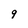
Character: 9